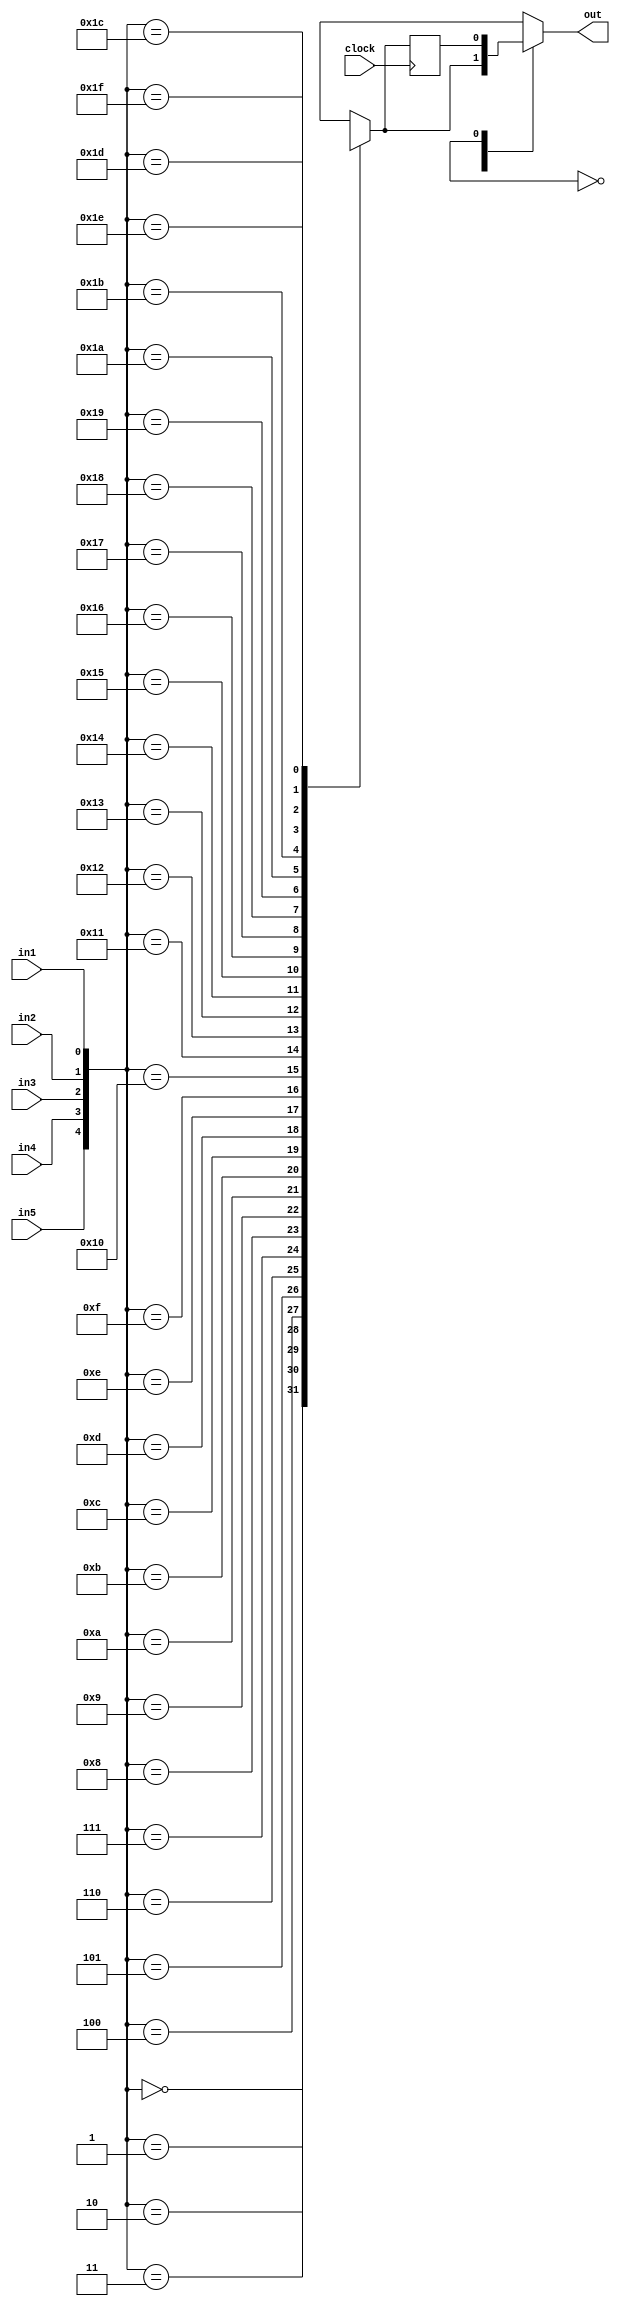
module logic_tile(out, clock, in1, in2, in3, in4, in5);
  input clock,in1,in2,in3,in4,in5;
  output out;
  reg inter1;
  reg [32:0] mem;
  reg out;
  always @(mem[31:0],in1,in2,in3,in4,in5) 
	begin
    	case ({in5,in4,in3,in2,in1})
          5'b00000 : inter1=mem[0];
          5'b00001 : inter1=mem[1];
          5'b00010 : inter1=mem[2];
          5'b00011 : inter1=mem[3];
          5'b00100 : inter1=mem[4];
          5'b00101 : inter1=mem[5];
          5'b00110 : inter1=mem[6];
          5'b00111 : inter1=mem[7];
          5'b01000 : inter1=mem[8];
          5'b01001 : inter1=mem[9];
          5'b01010 : inter1=mem[10];
          5'b01011 : inter1=mem[11];
          5'b01100 : inter1=mem[12];
          5'b01101 : inter1=mem[13];
          5'b01110 : inter1=mem[14];
          5'b01111 : inter1=mem[15];
          5'b10000 : inter1=mem[16];
          5'b10001 : inter1=mem[17];
          5'b10010 : inter1=mem[18];
          5'b10011 : inter1=mem[19];
          5'b10100 : inter1=mem[20];
          5'b10101 : inter1=mem[21];
          5'b10110 : inter1=mem[22];
          5'b10111 : inter1=mem[23];
          5'b11000 : inter1=mem[24];
          5'b11001 : inter1=mem[25];
          5'b11010 : inter1=mem[26];
          5'b11011 : inter1=mem[27];
          5'b11100 : inter1=mem[28];
          5'b11101 : inter1=mem[29];
          5'b11110 : inter1=mem[30];
          5'b11111 : inter1=mem[31];
      default : inter1=1'b0;
    endcase
  end
  reg q,qbar;
  always @(posedge clock)
    begin
      q<=inter1;
      qbar<=!inter1;
    end
  always @(q,inter1,mem[32])
    begin
      case (mem[32])
        1'b0 : out=inter1;
        1'b1 : out=q;
        default : out=1'bx;
      endcase
    end
endmodule

module switch_box_4x4(out, in);
  input [3:0] in;
  output [3:0] out;
  wire inter1;
  reg [15:0] configure;
  
    assign out[0]=(configure[0] & in[0]) | (configure[1] & in[1])|		 (configure[2] & in[2]) | (configure[3] & in[3]);
    assign out[1]=(configure[4] & in[0]) | (configure[5] & in[1]) |      (configure[6] & in[2]) | (configure[7] & in[3]);
    assign out[2]=(configure[8] & in[0]) | (configure[9] & in[1]) |       (configure[10] & in[2]) | (configure[11]&in[3]);
    assign out[3]=(configure[12] & in[0]) | (configure[13] & in[1])       | (configure[14] & in[2]) | (configure[15]&in[3]);
endmodule


module fpga(clock , out , in);
  input [11:0] in;
  output [11:0] out;
  input clock;
  wire [3:0] sb1_out,sb2_out,sb3_out,sb4_out,sb5_out;
  logic_tile lt1(out[0], clock, sb1_out[0], sb2_out[0], sb3_out[0], sb4_out[0], sb5_out[0]);
  logic_tile lt2(out[1], clock, sb1_out[1], sb2_out[1], sb3_out[1], sb4_out[1], sb5_out[1]);
  logic_tile lt3(out[2], clock, sb1_out[2], sb2_out[2], sb3_out[2], sb4_out[2], sb5_out[2]);
  logic_tile lt4(out[3], clock, sb1_out[3], sb2_out[3], sb3_out[3], sb4_out[3], sb5_out[3]);
  logic_tile lt5(out[4], clock, sb1_out[0], sb2_out[0], sb3_out[0], sb4_out[0], sb5_out[0]);
  logic_tile lt6(out[5], clock, sb1_out[1], sb2_out[1], sb3_out[1], sb4_out[1], sb5_out[1]);
  logic_tile lt7(out[6], clock, sb1_out[2], sb2_out[2], sb3_out[2], sb4_out[2], sb5_out[2]);
  logic_tile lt8(out[7], clock, sb1_out[3], sb2_out[3], sb3_out[3], sb4_out[3], sb5_out[3]);
  switch_box_4x4 sb1(sb1_out,in[3:0]);
  switch_box_4x4 sb2(sb2_out,in[7:4]);
  switch_box_4x4 sb3(sb3_out,{out[2:0],in[8]});
  switch_box_4x4 sb4(sb4_out,out[3:0]);
  switch_box_4x4 sb5(sb5_out,out[7:4]);
endmodule